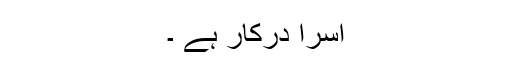
آسرا درکار ہے ۔